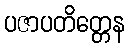
ပဇာပတိတ္တေန